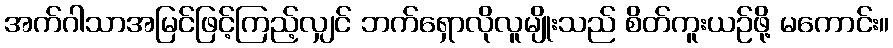
အက်ဂါသာအမြင်ဖြင့်ကြည့်လျှင် ဘက်ရှောလိုလူမျိုးသည် စိတ်ကူးယဉ်ဖို့ မကောင်း။